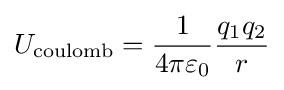
U_{\text{coulomb}}={1 \over 4\pi \varepsilon _{0}}{q_{1}q_{2} \over r}